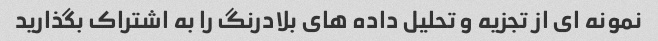
نمونه ای از تجزیه و تحلیل داده های بلادرنگ را به اشتراک بگذارید